Relation of titanus [i.e. tetanus] to the hypodermic or intramuscular injection of quinine - Number 43
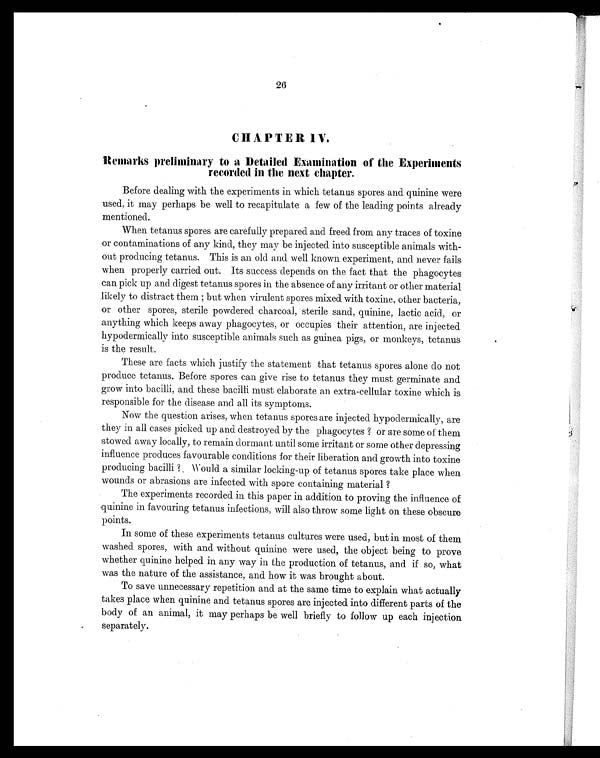
26
CHAPTER IV.
Remarks preliminary to a Detailed Examination of the Experiments
recorded in the next chapter.
Before dealing with the experiments in which tetanus spores and quinine were
used, it may perhaps be well to recapitulate a few of the leading points already
mentioned.
When tetanus spores are carefully prepared and freed from any traces of toxine
or contaminations of any kind, they may be injected into susceptible animals with-
out producing tetanus. This is an old and well known experiment, and never fails
when properly carried out. Its success depends on the fact that the phagocytes
can pick up and digest tetanus spores in the absence of any irritant or other material
likely to distract them ; but when virulent spores mixed with toxine, other bacteria,
or other spores, sterile powdered charcoal, sterile sand, quinine, lactic acid, or
anything which keeps away phagocytes, or occupies their attention, are injected
hypodermically into susceptible animals such as guinea pigs, or monkeys, tetanus
is the result.
These are facts which justify the statement that tetanus spores alone do not
produce tetanus. Before spores can give rise to tetanus they must germinate and
grow into bacilli, and these bacilli must elaborate an extra-cellular toxine which is
responsible for the disease and all its symptoms.
Now the question arises, when tetanus spores are injected hypodermically, are
they in all cases picked up and destroyed by the phagocytes ? or are some of them
stowed away locally, to remain dormant until some irritant or some other depressing
influence produces favourable conditions for their liberation and growth into toxine
producing bacilli ? Would a similar locking-up of tetanus spores take place when
wounds or abrasions are infected with spore containing material ?
The experiments recorded in this paper in addition to proving the influence of
quinine in favouring tetanus infections, will also throw some light on these obscure
points.
In some of these experiments tetanus cultures were used, but in most of them
washed spores, with and without quinine were used, the object being to prove
whether quinine helped in any way in the production of tetanus, and if so, what
was the nature of the assistance, and how it was brought about.
To save unnecessary repetition and at the same time to explain what actually
takes place when quinine and tetanus spores are injected into different parts of the
body of an animal, it may perhaps be well briefly to follow up each injection
separately.